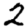
Digit: 2